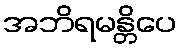
အဘိရမန္တိပေ